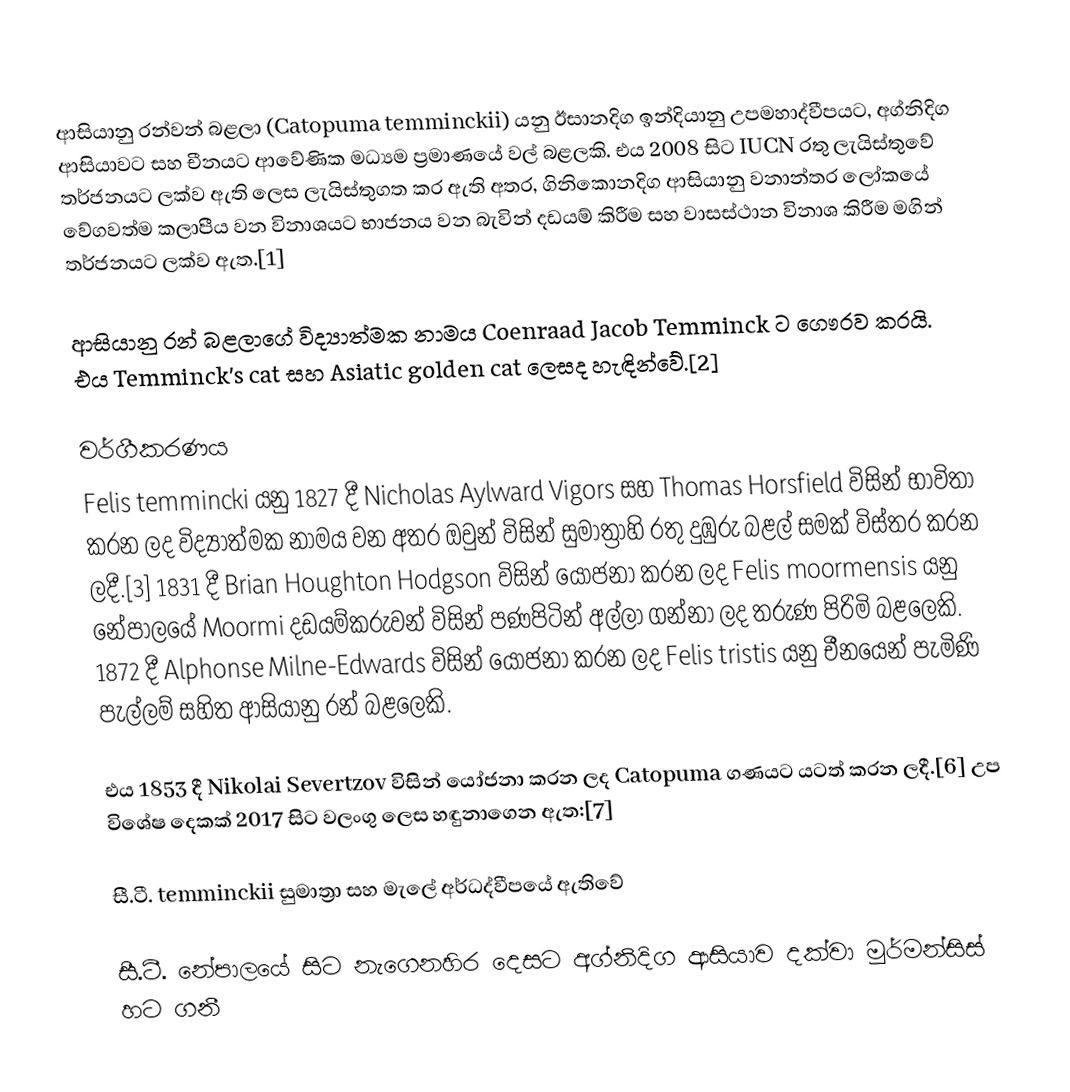
ආසියානු රන්වන් බළලා (Catopuma temminckii) යනු ඊසානදිග ඉන්දියානු උපමහාද්වීපයට, අග්නිදිග ආසියාවට සහ චීනයට ආවේණික මධ්‍යම ප්‍රමාණයේ වල් බළලකි. එය 2008 සිට IUCN රතු ලැයිස්තුවේ තර්ජනයට ලක්ව ඇති ලෙස ලැයිස්තුගත කර ඇති අතර, ගිනිකොනදිග ආසියානු වනාන්තර ලෝකයේ වේගවත්ම කලාපීය වන විනාශයට භාජනය වන බැවින් දඩයම් කිරීම සහ වාසස්ථාන විනාශ කිරීම මගින් තර්ජනයට ලක්ව ඇත.[1]

ආසියානු රන් බළලාගේ විද්‍යාත්මක නාමය Coenraad Jacob Temminck ට ගෞරව කරයි. එය Temminck's cat සහ Asiatic golden cat ලෙසද හැඳින්වේ.[2]

වර්ගීකරණය
Felis temmincki යනු 1827 දී Nicholas Aylward Vigors සහ Thomas Horsfield විසින් භාවිතා කරන ලද විද්‍යාත්මක නාමය වන අතර ඔවුන් විසින් සුමාත්‍රාහි රතු දුඹුරු බළල් සමක් විස්තර කරන ලදී.[3] 1831 දී Brian Houghton Hodgson විසින් යෝජනා කරන ලද Felis moormensis යනු නේපාලයේ Moormi දඩයම්කරුවන් විසින් පණපිටින් අල්ලා ගන්නා ලද තරුණ පිරිමි බළලෙකි. 1872 දී Alphonse Milne-Edwards විසින් යෝජනා කරන ලද Felis tristis යනු චීනයෙන් පැමිණි පැල්ලම් සහිත ආසියානු රන් බළලෙකි.

එය 1853 දී Nikolai Severtzov විසින් යෝජනා කරන ලද Catopuma ගණයට යටත් කරන ලදී.[6] උප විශේෂ දෙකක් 2017 සිට වලංගු ලෙස හඳුනාගෙන ඇත:[7]

සී.ටී. temminckii සුමාත්‍රා සහ මැලේ අර්ධද්වීපයේ ඇතිවේ

සී.ටී. නේපාලයේ සිට නැගෙනහිර දෙසට අග්නිදිග ආසියාව දක්වා මුර්මන්සිස් හට ගනී